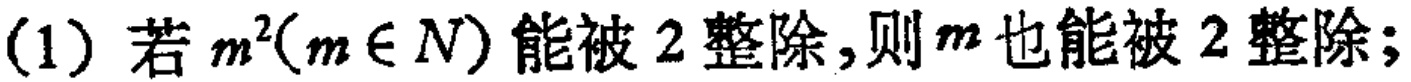
(1) 若 \(m^{2}(m\in N)\) 能被 \(2\) 整除，则 \(m\) 也能被 \(2\) 整除；